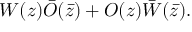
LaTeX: W ( z ) \bar { O } ( \bar { z } ) + O ( z ) \bar { W } ( \bar { z } ) .